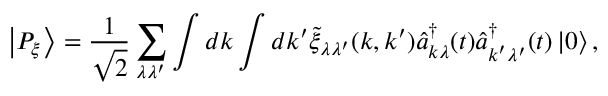
\left| P _ { \xi } \right\rangle = \frac { 1 } { \sqrt { 2 } } \sum _ { \lambda \lambda ^ { \prime } } \int d \boldsymbol { k } \int d \boldsymbol { k } ^ { \prime } \tilde { \xi } _ { \lambda \lambda ^ { \prime } } ( \boldsymbol { k } , \boldsymbol { k } ^ { \prime } ) \hat { a } _ { \boldsymbol { k } \lambda } ^ { \dagger } ( t ) \hat { a } _ { \boldsymbol { k } ^ { \prime } \lambda ^ { \prime } } ^ { \dagger } ( t ) \left| 0 \right\rangle ,